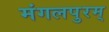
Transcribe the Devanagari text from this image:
मंगलपुरम्